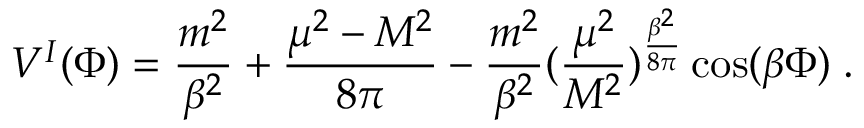
{ \cal V } ^ { I } ( \Phi ) = { \frac { m ^ { 2 } } { \beta ^ { 2 } } } + { \frac { \mu ^ { 2 } - { \cal M } ^ { 2 } } { 8 \pi } } - { \frac { m ^ { 2 } } { \beta ^ { 2 } } } ( { \frac { \mu ^ { 2 } } { { \cal M } ^ { 2 } } } ) ^ { { \frac { \beta ^ { 2 } } { 8 \pi } } } \cos ( \beta \Phi ) \; .